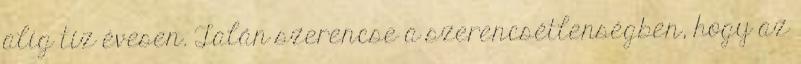
alig tíz évesen. Talán szerencse a szerencsétlenségben, hogy az